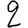
Digit: 2